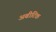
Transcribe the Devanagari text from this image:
अबीटिक